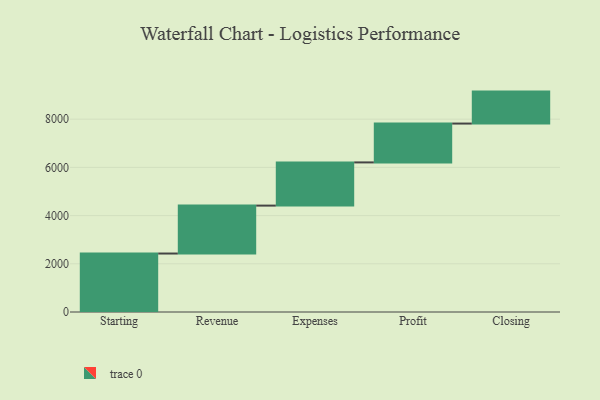
{"axis": {"x": "Step", "y": "Value"}, "legend": [""], "data": [{"x": "Starting", "y": 2426.0, "type": ""}, {"x": "Revenue", "y": 1989.0, "type": ""}, {"x": "Expenses", "y": 1792.0, "type": ""}, {"x": "Profit", "y": 1612.0, "type": ""}, {"x": "Closing", "y": 1326.0, "type": ""}]}